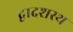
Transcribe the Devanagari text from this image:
द्वादशस्थ